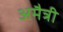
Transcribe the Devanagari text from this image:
अमैत्री